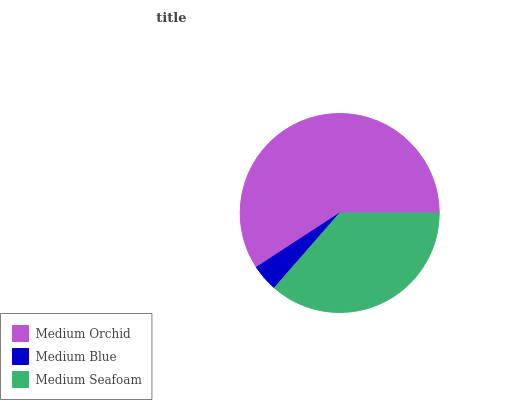
| Medium Orchid | Medium Blue | Medium Seafoam |
 | --- | --- | --- |
 | 59.2% | 4.39% | 36.4% |